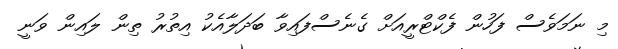
މި ނަމަވެސް ފަހުން ފެކްޓްރީއަށް ގެނެސްފައިވާ ބަދަލާއެކު އިތުރު ތިން ލައިން ވަނީ